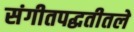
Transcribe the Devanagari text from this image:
संगीतपद्धतीतले